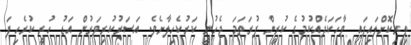
ތިރިކޮށްލައިފައި ވާހަކަދެއްކުމުގެ ކުރީން ފުރަތަމަ ޖެހުނީ ކަރުކެހިލާށެވެ. އަސަރުކުރިވަރުން އަޑު ހުރީ ކުރެހިފަ